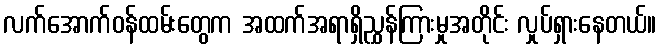
လက်အောက်ဝန်ထမ်းတွေက အထက်အရာရှိညွှန်ကြားမှုအတိုင်း လှုပ်ရှားနေတယ်။